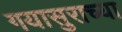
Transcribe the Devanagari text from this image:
गयासुराच्या